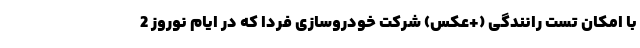
با امکان تست رانندگی (+عکس) شرکت خودروسازی فردا که در ایام نوروز 2